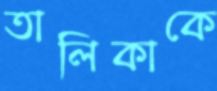
তালিকাকে